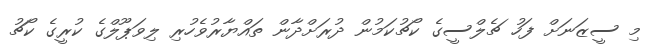
މި ސީޒަނަށް ފަހު ޗެލްސީގެ ކޯޗުކަމުން ދުރަށްދާން ތައްޔާރުވެހުރި ލިވަޕޫލްގެ ކުރީގެ ކޯޗު